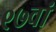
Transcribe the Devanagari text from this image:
९७वां